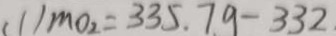
( 1 ) m o _ { 2 } = 3 3 5 . 7 9 - 3 3 2 .